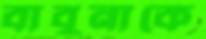
বাবুনাকে